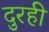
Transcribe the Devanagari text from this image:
दुरही